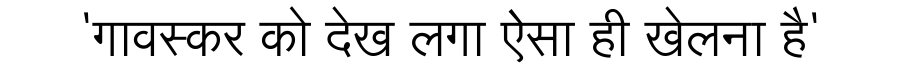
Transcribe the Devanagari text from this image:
'गावस्कर को देख लगा ऐसा ही खेलना है'